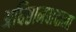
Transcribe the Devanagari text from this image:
अधिष्ठानवादाला